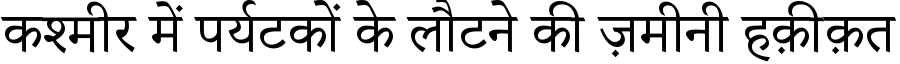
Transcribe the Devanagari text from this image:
कश्मीर में पर्यटकों के लौटने की ज़मीनी हक़ीक़त